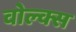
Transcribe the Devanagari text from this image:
वोल्क्स